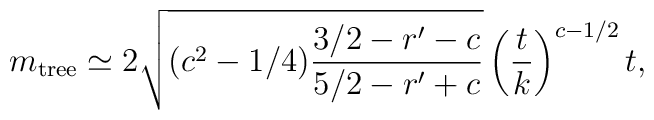
m_{\rm tree}     \simeq 2 \sqrt{(c^2-1/4)\frac{3/2-r'-c}{5/2-r'+c}}      \left( \frac{t}{k}\right) ^{c-1/2}t,